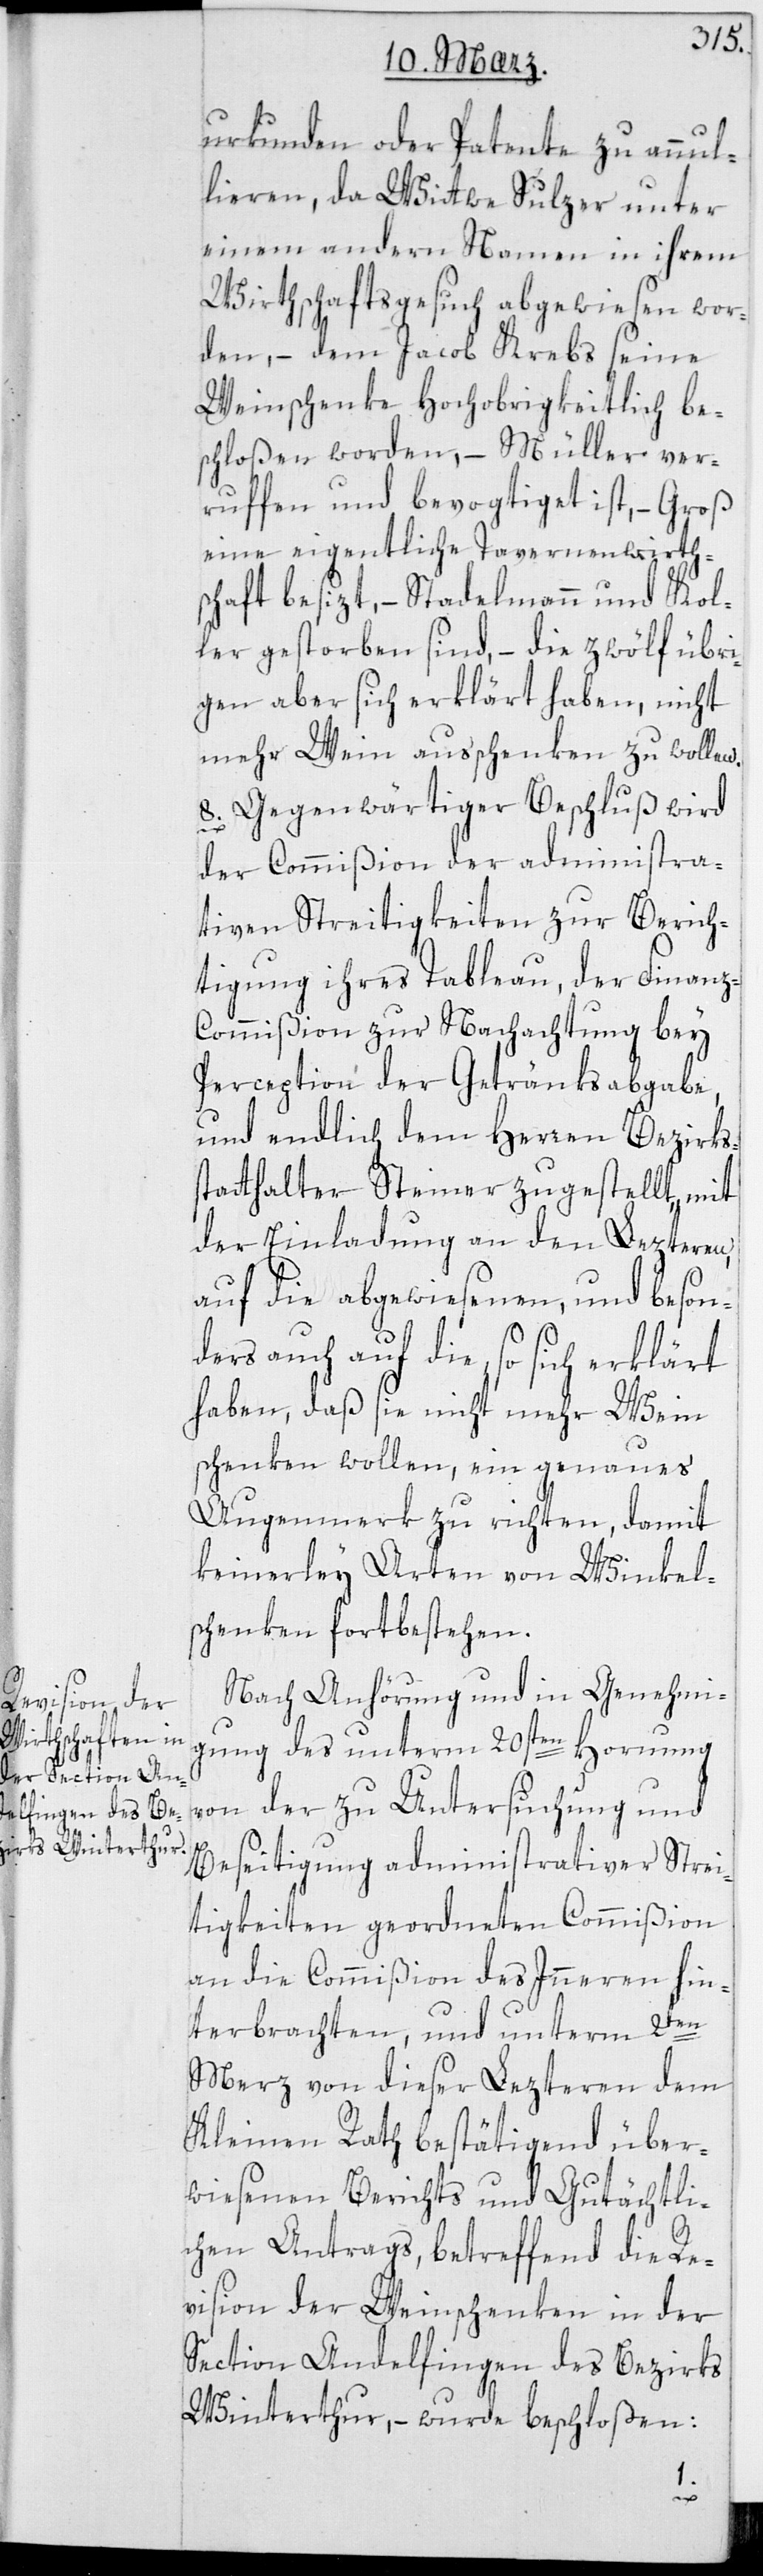
urkunden oder Patente zu annul¬
lieren, da Wittwe Sulzer unter
einem andern Namen in ihrem
Wirthschaftsgesuch abgewiesen wor¬
den, – dem Jacob Krebs seine
Weinschenke Hochobrigkeitlich be¬
schloßen worden, – Müller ver¬
rufen und bevogtiget ist, – Groß
eine eigentliche Tavernenwirth¬
schaft besizt, – Stadelmann und Kol¬
ler gestorben sind, – die zwölf übri¬
gen aber sich erklärt haben, nicht
mehr Wein ausschenken zu wollen.
8. Gegenwärtiger Beschluß wird
der Commißion der administra¬
tiven Streitigkeiten zur Berich¬
tigung ihres Tableau, der Finan¬
z-Commißion zur Nachachtung bey
Perception der Getränksabgabe,
und endlich dem Herren Bezirks¬
statthalter Steiner zugestellt, mit
der Einladung an den Lezteren,
auf die abgewiesenen und beson¬
ders auch auf die, so sich erklärt
haben, daß sie nicht mehr Wein
schenken wollen, ein genaues
Augenmerk zu richten, damit
keinerley Arten von Winkel¬
schenken fortbestehen.
Nach Anhörung und in Genehmi¬
gung des unterm 20sten Hornung
von der zu Untersuchung und
Beseitigung administrativer Strei¬
tigkeiten geordneten Commißion
an die Commißion des Inneren hin¬
terbrachten, und unterm 2ten
Merz von dieser leztern dem
Kleinen Rath bestätigend über¬
wiesenen Berichts und gutächtli¬
chen Antrags, betreffend die Re¬
vision der Weinschenken in der
Section Andelfingen des Bezirks
Winterthur, – wurde beschloßen: